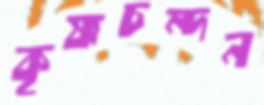
কৃষ্ণচন্দন